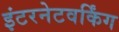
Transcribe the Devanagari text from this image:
इंटरनेटवर्किंग